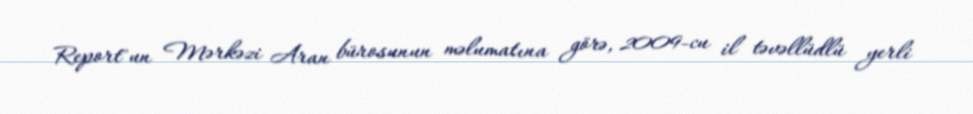
Report"un Mərkəzi Aran bürosunun məlumatına görə, 2009-cu il təvəllüdlü yerli